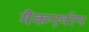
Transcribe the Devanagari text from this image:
मैकएवोय